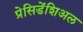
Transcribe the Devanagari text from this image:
प्रेसिडेंशिअल